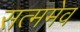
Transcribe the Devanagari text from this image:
सत्ममेव